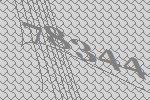
78344